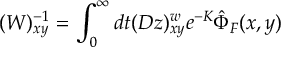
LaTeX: ( W ) _ { x y } ^ { - 1 } = \int _ { 0 } ^ { \infty } d t ( D z ) _ { x y } ^ { w } e ^ { - K } \hat { \Phi } _ { F } ( x , y )